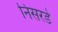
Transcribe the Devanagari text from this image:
निसरडे